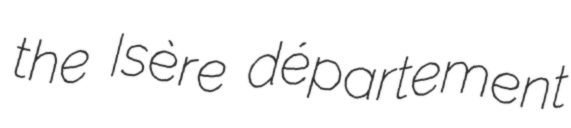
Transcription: the Isère département